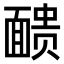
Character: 𫖃